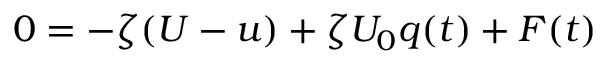
0 = - \zeta ( U - u ) + \zeta U _ { 0 } q ( t ) + F ( t )